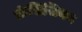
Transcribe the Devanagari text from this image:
फ्रंसिसियन